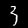
Digit: 3